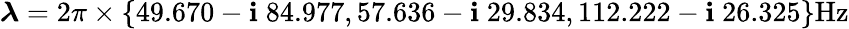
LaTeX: \boldsymbol{\lambda}=2\pi\times\{ 49.670-\mathbf{i}\; {84.977},57.636-\mathbf{i}\; {29.834},112.222-\mathbf{i}\; {26.325}\} \mathrm{{Hz}}